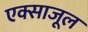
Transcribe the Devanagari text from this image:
एक्साजूल